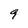
Character: 9